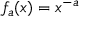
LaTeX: f _ { a } ( x ) = x ^ { - a }